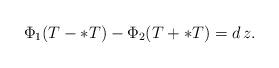
LaTeX: \begin{align*}\Phi_{1}(T-\ast T) - \Phi_{2}(T + \ast T) = d\,z.\end{align*}